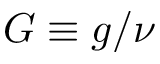
G \equiv g / \nu